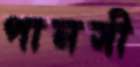
পানসী